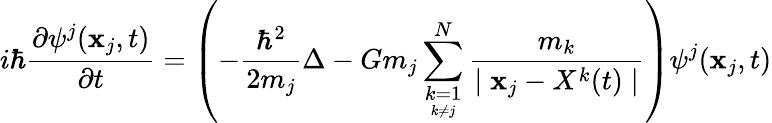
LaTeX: i\hbar\frac{\partial\psi^{j}(\textbf{x}_{j},t)}{\partial t}=\left(-\frac{\hbar^{2}}{2m_{j}}\Delta-Gm_{j}\sum_{\underset{k\neq j}{k=1}}^{N}\frac{m_{k}}{\mid\textbf{x}_{j}-X^{k}(t)\mid}\right)\psi^{j}(\textbf{x}_{j},t)